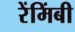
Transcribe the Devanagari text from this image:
रेंमिंबी